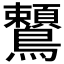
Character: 𪈈